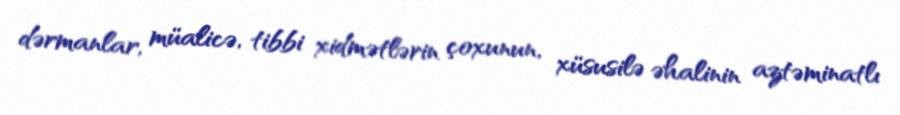
dərmanlar, müalicə, tibbi xidmətlərin çoxunun, xüsusilə əhalinin aztəminatlı